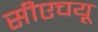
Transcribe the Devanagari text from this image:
सीएचयू